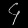
Digit: ၄